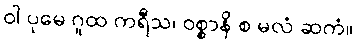
ဝါ ပုမေ ဂူထ ကရီသ၊ ဝစ္စာနိ စ မလံ ဆကံ။